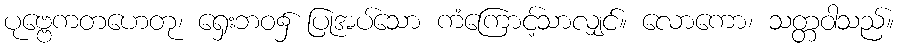
ပုဗ္ဗေကတဟေတု၊ ရှေးဘဝ၌ ပြုအပ်သော ကံကြောင့်သာလျှင်။ လောကော၊ သတ္တဝါသည်။